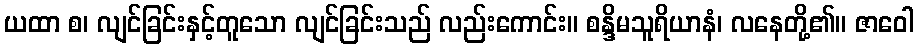
ယထာ စ၊ လျင်ခြင်းနှင့်တူသော လျင်ခြင်းသည် လည်းကောင်း။ စန္ဒိမသူရိယာနံ၊ လနေတို့၏။ ဇာဝေါ